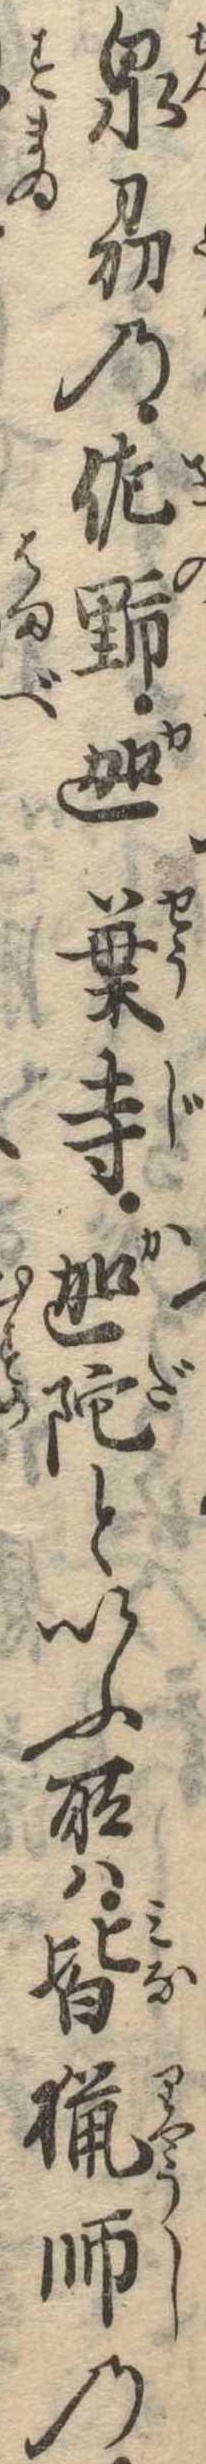
泉刕の佐野迦葉寺迦陀といふ所は皆猟師の